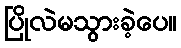
ပြိုလဲမသွားခဲ့ပေ။